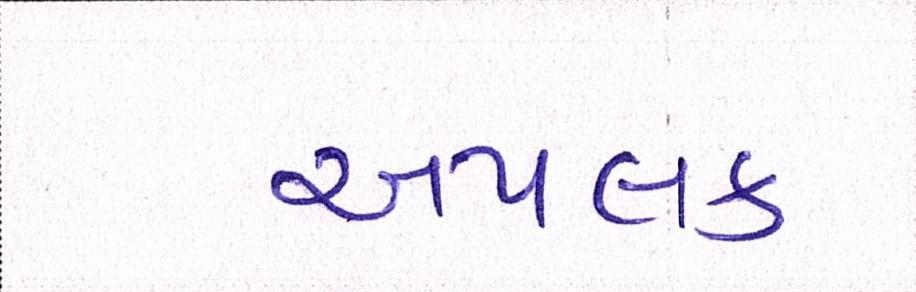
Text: અપલક